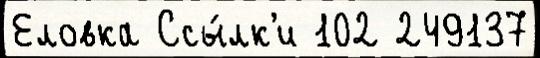
Еловка Ссы́лк'и 102 249137